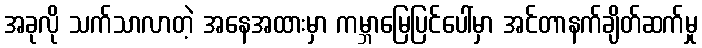
အခုလို သက်သာလာတဲ့ အနေအထားမှာ ကမ္ဘာမြေပြင်ပေါ်မှာ အင်တာနက်ချိတ်ဆက်မှု